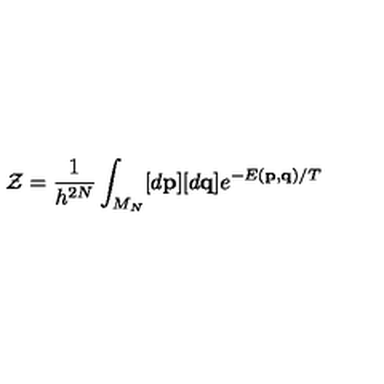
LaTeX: { \mathcal { Z } } = \frac { 1 } { h ^ { 2 N } } \int _ { M _ { N } } [ d { \bf { p } } ] [ d { \bf { q } } ] e ^ { - E ( { \bf { p } } , { \bf { q } } ) / T }